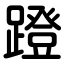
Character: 蹬